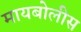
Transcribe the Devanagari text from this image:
मायबोलीस